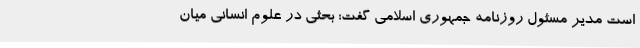
است مدیر مسئول روزنامه جمهوری اسلامی گفت: بحثی در علوم انسانی میان